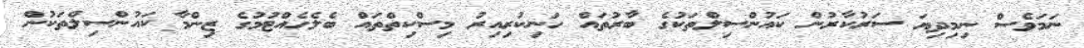
ނަމަވެސް ނިމިދިޔަ ސަރުކާރުން ކައުންސިލްތަކުގެ ބާރުތައް ހަނިކުރިއިރު މިސްކިތްތައް ބެލެހެއްޓުމުގެ ޒިންމާ ކައުންސިލްތަކުން